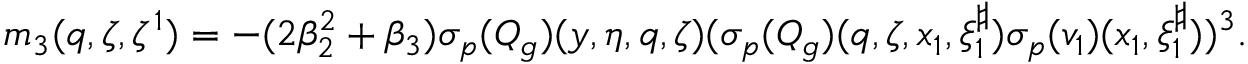
\begin{array} { r } { m _ { 3 } ( q , \zeta , \zeta ^ { 1 } ) = - ( 2 \beta _ { 2 } ^ { 2 } + \beta _ { 3 } ) { { \sigma _ { p } } } ( Q _ { g } ) ( y , \eta , q , \zeta ) ( { { \sigma _ { p } } } ( Q _ { g } ) ( q , \zeta , x _ { 1 } , \xi _ { 1 } ^ { \sharp } ) \sigma _ { { p } } ( v _ { 1 } ) ( x _ { 1 } , \xi _ { 1 } ^ { \sharp } ) ) ^ { 3 } . } \end{array}